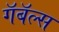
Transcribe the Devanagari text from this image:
गॅबॅल्स